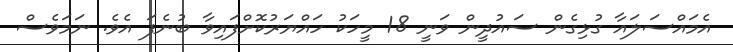
އެމައްސަލައާ ގުޅިގެން ސައުދީން ވަނީ 18 މީހަކު ހައްޔަރުކޮށްފައިވާ ބުނެފަ އެވެ. ނަމަވެސް